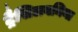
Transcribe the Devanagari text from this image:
ट्रैसिलवनिया